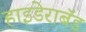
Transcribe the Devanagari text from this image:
हाइडेराबॅड